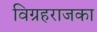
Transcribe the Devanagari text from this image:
विग्रहराजका